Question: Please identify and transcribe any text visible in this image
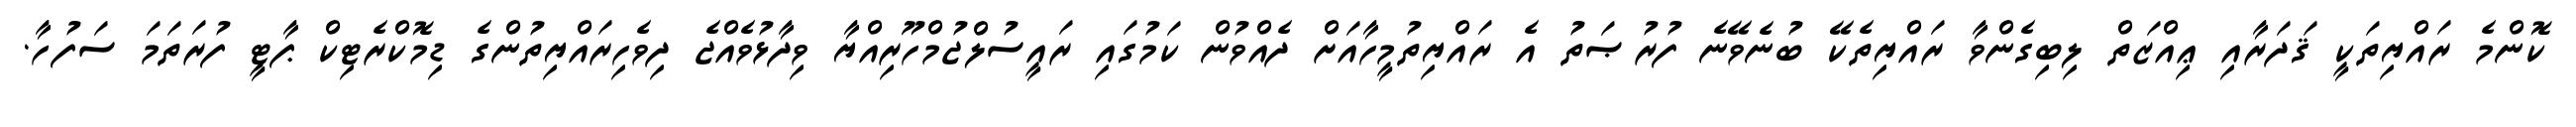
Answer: ކޮންމެ ރައްޔިތަކީ ޤަދަރާއި ޢިއްޒަތް ލިބިގެންވާ ރައްޔިތެކޭ ބުނެވޭނެ ފުރުޞަތު އެ ރައްޔިތުމީހާއަށް ދެއްވުން ކަމުގައި ރައީސުލްޖުމްހޫރިއްޔާ ވިދާޅުވެއްޖެ ދިވެހިރައްޔިތުންގެ ޑިމޮކްރެޓިކް ޕާޓީ ފުރަތަމަ ސަފުހާ.